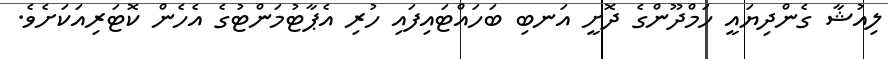
ލިއުޝާ ގެންދިޔައީ ހަމްދޫންގެ ދޮށީ އަނބި ބަހައްޓައިފައި ހުރި އެޕާޓުމަންޓުގެ އެހެން ކޮޓަރިއަކަށެވެ.